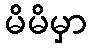
မိမိမှာ